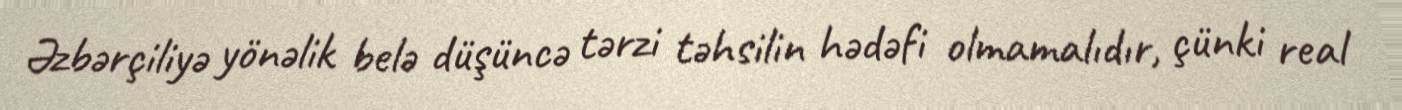
Əzbərçiliyə yönəlik belə düşüncə tərzi təhsilin hədəfi olmamalıdır, çünki real